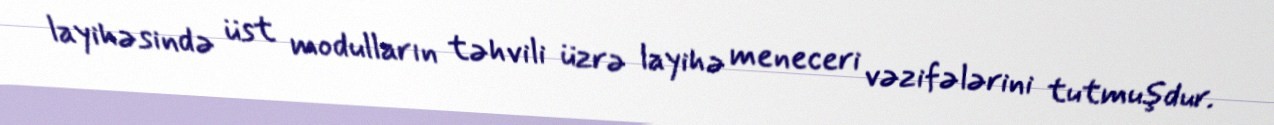
layihəsində üst modulların təhvili üzrə layihə meneceri vəzifələrini tutmuşdur.